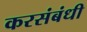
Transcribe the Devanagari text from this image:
करसंबंधी